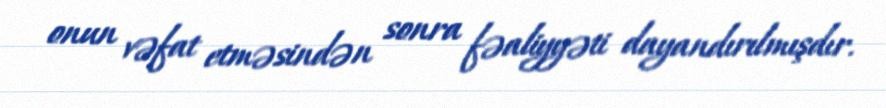
onun vəfat etməsindən sonra fəaliyyəti dayandırılmışdır.